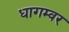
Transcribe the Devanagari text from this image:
धागम्वर